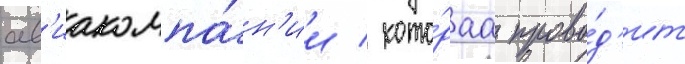
ав'иакомпа́н'ии / кото́раа прово́д'ит